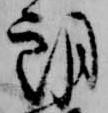
朗